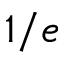
1 / e